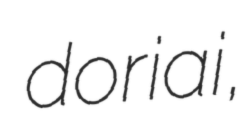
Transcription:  doriai,